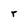
Character: T